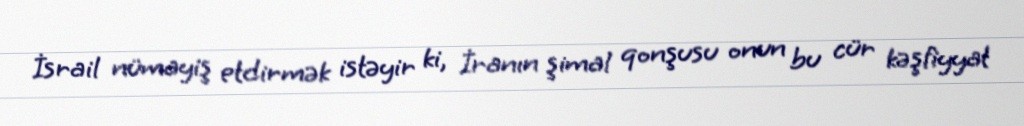
İsrail nümayiş etdirmək istəyir ki, İranın şimal qonşusu onun bu cür kəşfiyyat